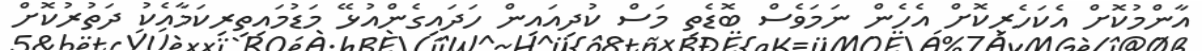
އާންމުކޮށް އެކަހެރިކޮށް އެހެން ނަމަވެސް ބޮޑެތި މަސް ކުދިއައިން ހަދައިގެންއުޅޭ މަޑުމައިތިރިކަމާއެކު ދަތުރުކޮށް